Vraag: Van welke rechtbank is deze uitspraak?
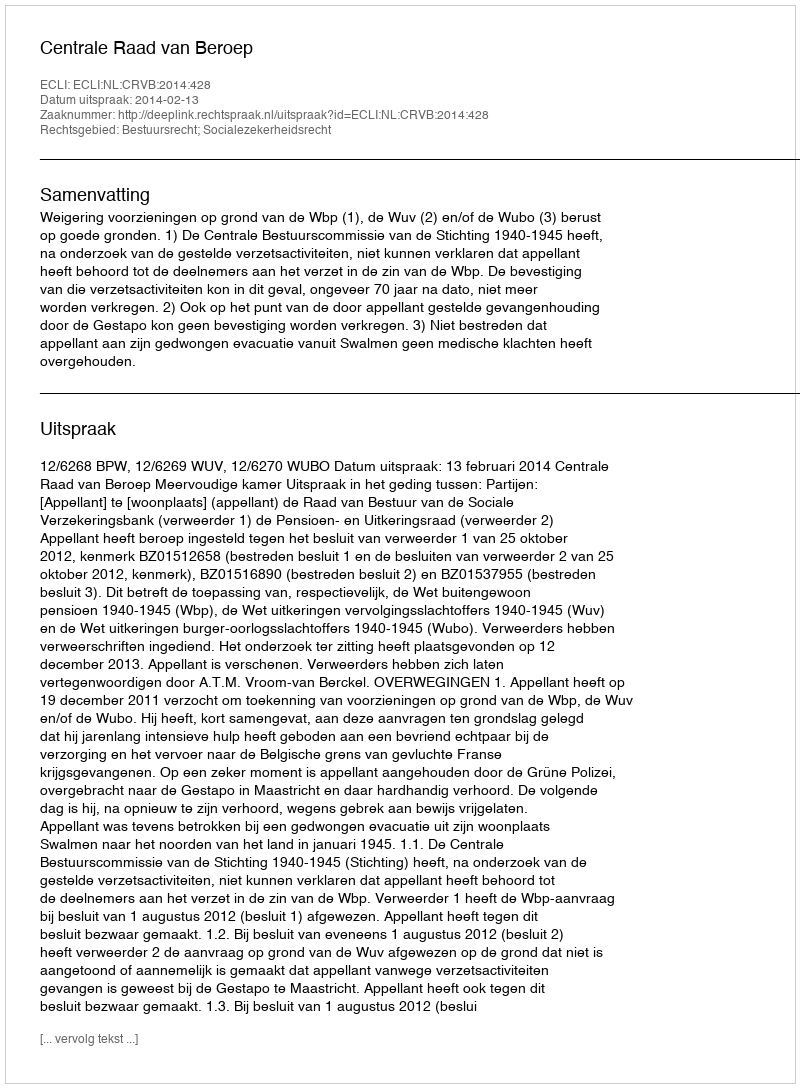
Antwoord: Centrale Raad van Beroep